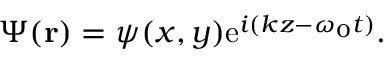
\begin{array} { r } { \Psi ( { \bf r } ) = \psi ( x , y ) \mathrm { e } ^ { i ( k z - \omega _ { 0 } t ) } . } \end{array}